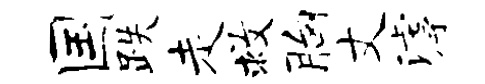
国跌走救胸丈滹